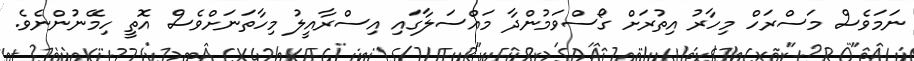
ނަމަވެސް މަސްރަހް މިހާރު އިތުރަށް ގޯސްވަމުންދާ މައްސަލާގައި އިސްރާއީލު މިހާތަނަށްވެސް އޮތީ ހިމޭނުންނެވެ.